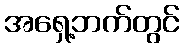
အရှေ့ဘက်တွင်